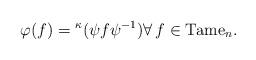
LaTeX: \begin{align*}\varphi(f)={}^{\kappa}\!\,(\psi f\psi^{-1})\forall\,f\in\mathrm{Tame}_n.\end{align*}